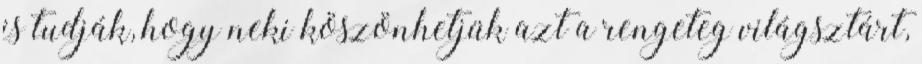
is tudják, hogy neki köszönhetjük azt a rengeteg világsztárt,